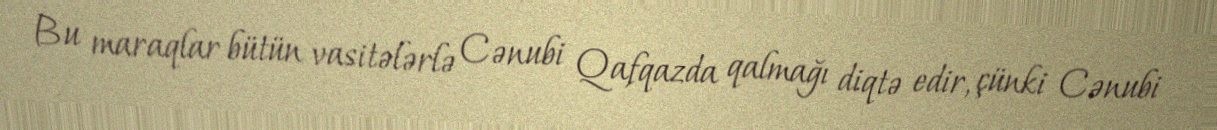
Bu maraqlar bütün vasitələrlə Cənubi Qafqazda qalmağı diqtə edir, çünki Cənubi